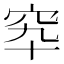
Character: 𥤿